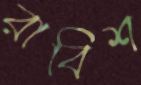
রাবিশ